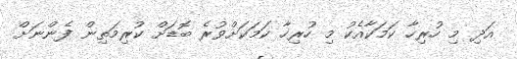
އަދި މި ހުރިހާ ކަމަކާއެކު މި ހުރިހާ ކަމަކަށްވުރެ ބޮޑަށް ކުރިމަތިން ފެންނަށް